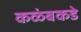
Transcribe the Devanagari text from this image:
कळंबकडे